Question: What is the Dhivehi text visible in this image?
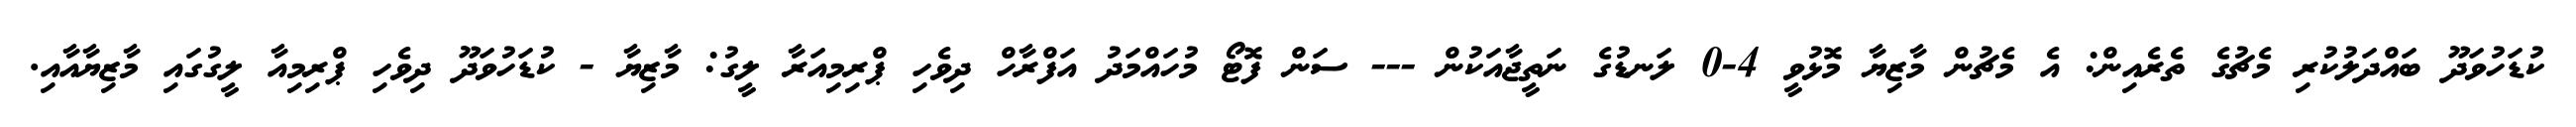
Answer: ކުޑަހުވަދޫ ބައްދަލުކުރި މެޗުގެ ތެރެއިން: އެ މެޗުން މާޒިޔާ މޮޅުވީ 4-0 ލަނޑުގެ ނަތީޖާއަކުން --- ސަން ފޮޓޯ މުހައްމަދު އަފްރާހް ދިވެހި ޕްރިމިއަރާ ލީގު: މާޒިޔާ - ކުޑަހުވަދޫ ދިވެހި ޕްރިމިއާ ލީގުގައި މާޒިޔާއާއި.